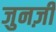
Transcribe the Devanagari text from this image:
जुनज़ी